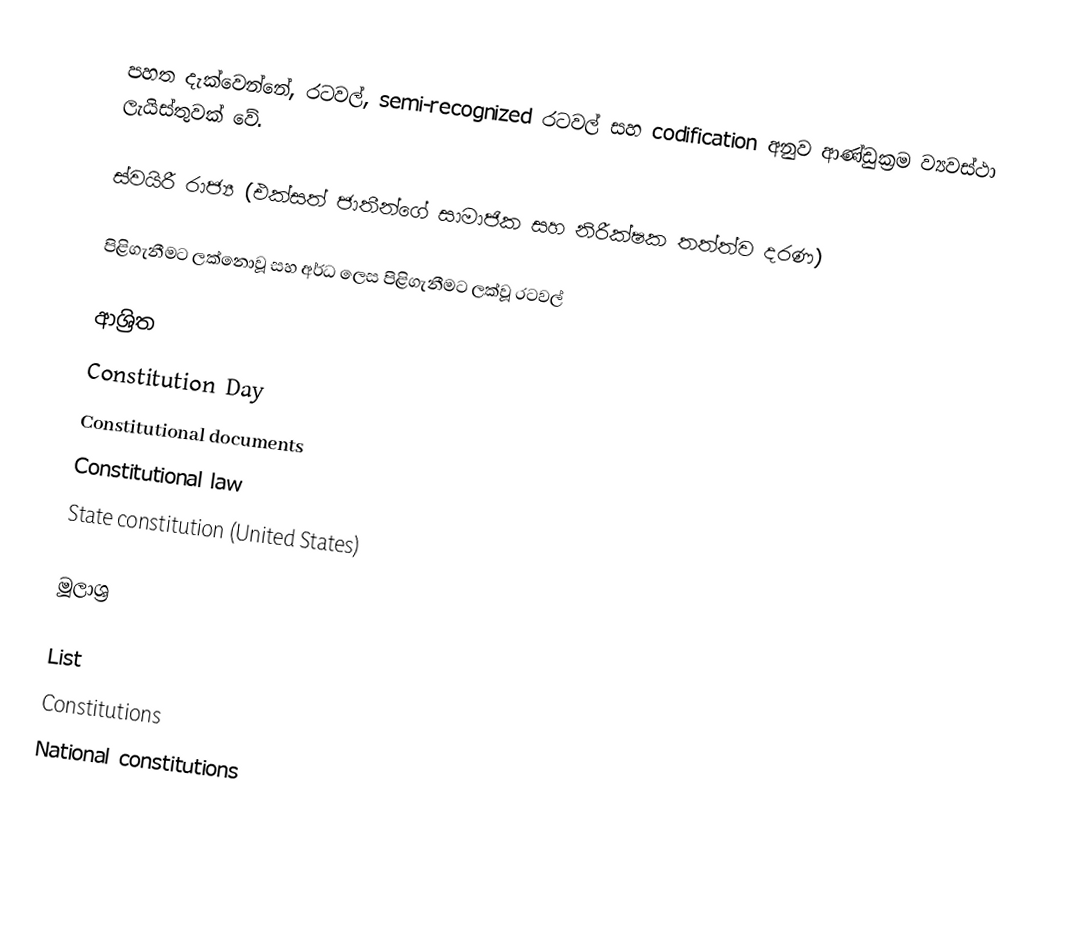
පහත දැක්වෙන්නේ, රටවල්, semi-recognized රටවල් සහ  codification අනුව ආණ්ඩුක්‍රම ව්‍යවස්ථා ලැයිස්තුවක් වේ.

ස්වයිරී රාජ්‍ය (එක්සත් ජාතීන්ගේ සාමාජික සහ නිරීක්ෂක තත්ත්ව දරණ)

පිළිගැනීමට ලක්නොවූ සහ අර්ධ ලෙස පිළිගැනීමට ලක්වූ රටවල්

ආශ්‍රිත
 Constitution Day
 Constitutional documents
 Constitutional law
 State constitution (United States)

මූලාශ්‍ර

 List
Constitutions
National constitutions